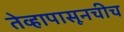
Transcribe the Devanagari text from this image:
तेव्हापासूनचीच